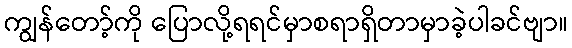
ကျွန်တော့်ကို ပြောလို့ရရင်မှာစရာရှိတာမှာခဲ့ပါခင်ဗျာ။